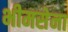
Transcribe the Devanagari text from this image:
भीमसेना